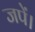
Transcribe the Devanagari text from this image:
जपें।